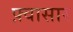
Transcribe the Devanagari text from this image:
फ़्वासार